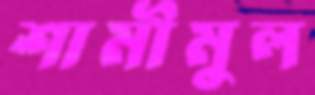
শামীমুল